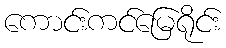
ကောင်းကင်မြေရိုင်း